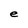
Character: e